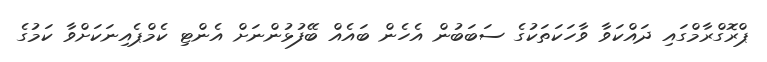
ޕްރޮގްރާމްގައި ދައްކަވާ ވާހަކަތަކުގެ ސަބަބުން އެހެން ބައެއް ބޭފުޅުންނަށް އެންޓި ކެމްޕެއިނަކަށްވާ ކަމުގެ